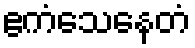
ဧကံသေနေတံ